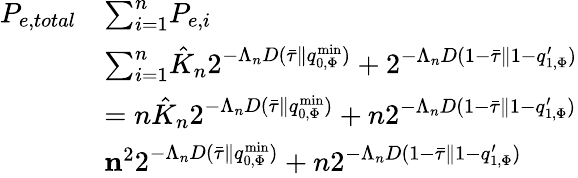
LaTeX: \begin{array}{rl}{P_{e,total}}&{\le\sum_{i=1}^{n}P_{e,i}}\\ &{\le\sum_{i=1}^{n}\hat{K}_{n}2^{-\Lambda_{n}D(\bar{\tau}\| q_{0,\Phi}^{\mathrm{min}})}+2^{-\Lambda_{n}D(1-\bar{\tau}\| 1-q_{1,\Phi}^{\prime})}}\\ &{=n\hat{K}_{n}2^{-\Lambda_{n}D(\bar{\tau}\| q_{0,\Phi}^{\mathrm{min}})}+n2^{-\Lambda_{n}D(1-\bar{\tau}\| 1-q_{1,\Phi}^{\prime})}}\\ &{\le n^{2}2^{-\Lambda_{n}D(\bar{\tau}\| q_{0,\Phi}^{\mathrm{min}})}+n2^{-\Lambda_{n}D(1-\bar{\tau}\| 1-q_{1,\Phi}^{\prime})}}\end{array}